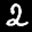
Label: 2